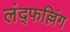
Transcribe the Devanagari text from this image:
लंद्फल्लिंग